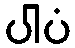
ပါပံ